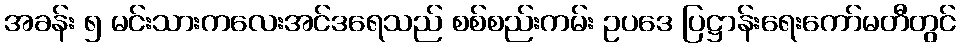
အခန်း ၅ မင်းသားကလေးအင်ဒရေသည် စစ်စည်းကမ်း ဥပဒေ ပြဋ္ဌာန်းရေးကော်မတီတွင်